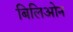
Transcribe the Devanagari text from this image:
बिलिओन